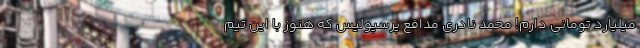
میلیارد تومانی دارم! محمد نادری مدافع پرسپولیس که هنوز با این تیم